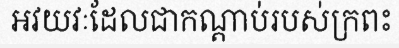
អវយវៈដែលជាកណ្តាប់របស់ក្រពះ